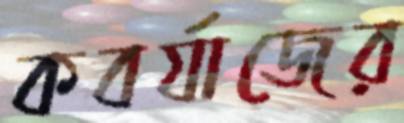
কবর্যাজের